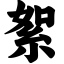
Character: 絮